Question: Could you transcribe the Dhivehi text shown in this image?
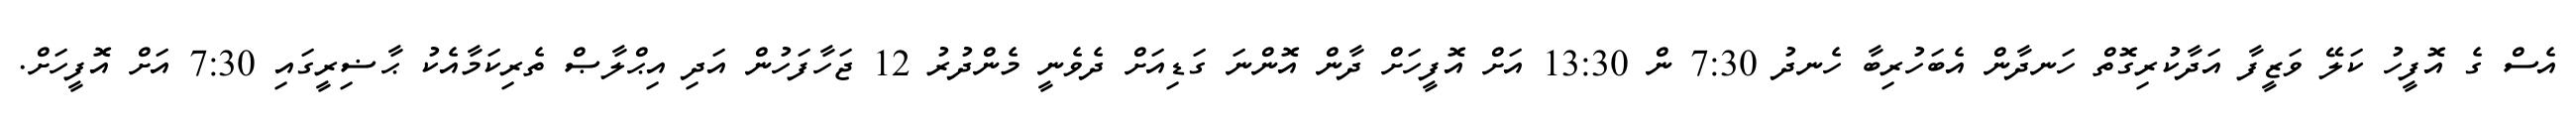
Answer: އެސް ގެ އޮފީހު ކަލޭ ވަޒީފާ އަދާކުރިގޮތް ހަނދާން އެބަހުރިބާ ހެނދު 7:30 ން 13:30 އަށް އޮފީހަށް ދާން އޮންނަ ގަޑިއަށް ދެވެނީ މެންދުރު 12 ޖަހާފަހުން އަދި އިޙްލާޞް ތެރިކަމާއެކު ޙާޟިރީގައި 7:30 އަށް އޮފީހަށް.